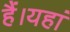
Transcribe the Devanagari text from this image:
हैं।यहां